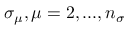
{ \sigma } _ { \mu } , \mu = 2 , . . . , n _ { \sigma }